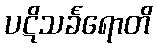
ပဋိသင်္ခရောတိ